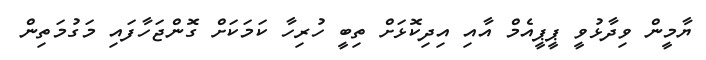
ޔާމީން ވިދާޅުވީ ޕީޕީއެމް އާއި އިދިކޮޅަށް ތިބީ ހުރިހާ ކަމަކަށް ގޮންޖަހާފައި މަގުމަތިން